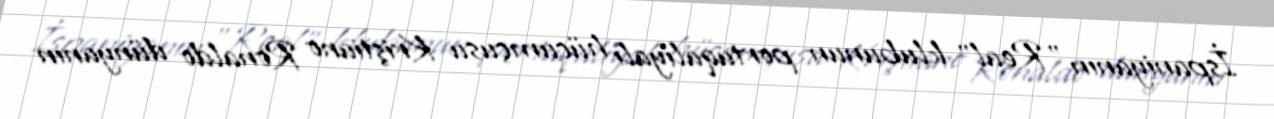
İspaniyanın "Real" klubunun portuqaliyalı hücumçusu Kriştiano Ronaldo dünyanın